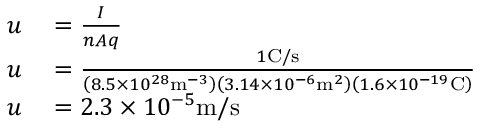
\begin{array} { r l } { u } & { { } = { \frac { I } { n A q } } } \\ { u } & { { } = { \frac { 1 { \mathrm { C } } / { \mathrm { s } } } { \left( 8 . 5 \times 1 0 ^ { 2 8 } { \mathrm { m } } ^ { - 3 } \right) \left( 3 . 1 4 \times 1 0 ^ { - 6 } { \mathrm { m } } ^ { 2 } \right) \left( 1 . 6 \times 1 0 ^ { - 1 9 } { \mathrm { C } } \right) } } } \\ { u } & { { } = 2 . 3 \times 1 0 ^ { - 5 } { \mathrm { m } } / { \mathrm { s } } } \end{array}